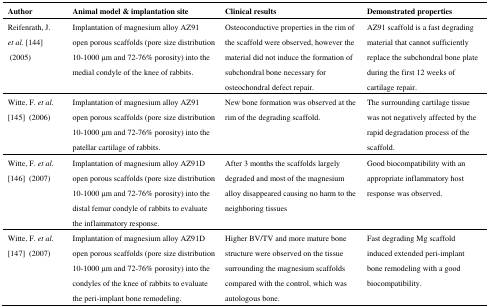
| Author | Animal model & implantation site | Clinical results | Demonstrated properties |
 | --- | --- | --- | --- |
 | Reifenrath, J. et al. [144] (2005) | Implantation of magnesium alloy AZ91 open porous scaffolds (pore size distribution 10-1000 μm and 72-76% porosity) into the medial condyle of the knee of rabbits. | Osteoconductive properties in the rim of the scaffold were observed, however the material did not induce the formation of subchondral bone necessary for osteochondral defect repair. | AZ91 scaffold is a fast degrading material that cannot sufficiently replace the subchondral bone plate during the first 12 weeks of cartilage repair. |
 | Witte, F. et al.[145] (2006) | Implantation of magnesium alloy AZ91 open porous scaffolds (pore size distribution 10-1000 μm and 72-76% porosity) into the patellar cartilage of rabbits. | New bone formation was observed at the rim of the degrading scaffold. | The surrounding cartilage tissue was not negatively affected by the rapid degradation process of the scaffold. |
 | Witte, F. et al.[146] (2007) | Implantation of magnesium alloy AZ91D open porous scaffolds (pore size distribution 10-1000 μm and 72-76% porosity) into the distal femur condyle of rabbits to evaluate the inflammatory response. | After 3 months the scaffolds largely degraded and most of the magnesium alloy disappeared causing no harm to the neighboring tissues | Good biocompatibility with an appropriate inflammatory host response was observed. |
 | Witte, F. et al.[147] (2007) | Implantation of magnesium alloy AZ91D open porous scaffolds (pore size distribution 10-1000 μm and 72-76% porosity) into the condyles of the knee of rabbits to evaluate the peri-implant bone remodeling. | Higher BV/TV and more mature bone structure were observed on the tissue surrounding the magnesium scaffolds compared with the control, which was autologous bone. | Fast degrading Mg scaffold induced extended peri-implant bone remodeling with a good biocompatibility. |